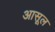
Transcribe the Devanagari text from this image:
आसूल